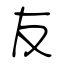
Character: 友